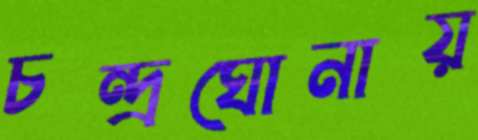
চন্দ্রঘোনায়